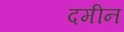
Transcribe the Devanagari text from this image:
दमीन